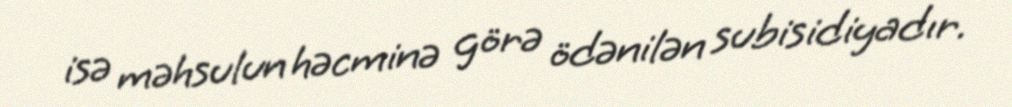
isə məhsulun həcminə görə ödənilən subisidiyadır.